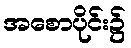
အစောပိုင်း၌